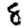
Digit: 8